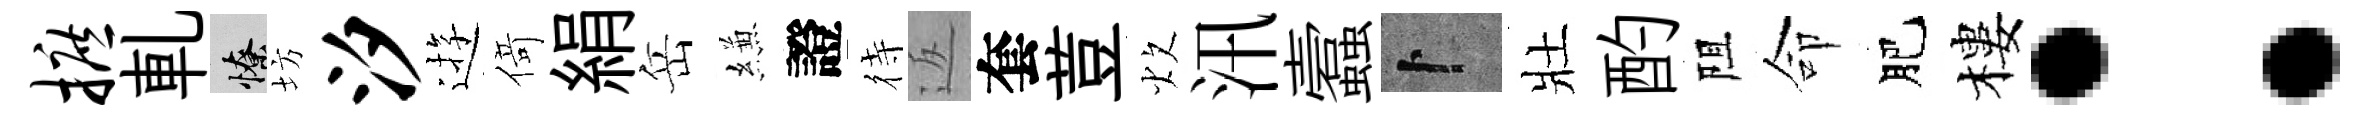
摭軋憭坊汐逰𠋣絹岳縑證待返套荳炊汛蠧卜壯酌阻命肥樓：